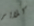
كلاير